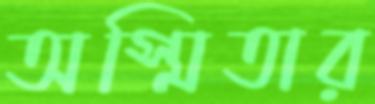
অস্মিতার